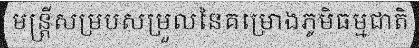
មន្ត្រីសម្របសម្រួលនៃគម្រោងភូមិធម្មជាតិ